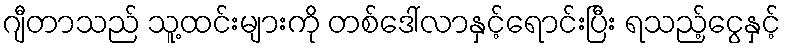
ဂျီတာသည် သူ့ထင်းများကို တစ်ဒေါ်လာနှင့်ရောင်းပြီး ရသည့်ငွေနှင့်